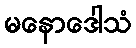
မနောဒေါသံ